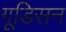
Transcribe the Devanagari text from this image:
गूडिसन